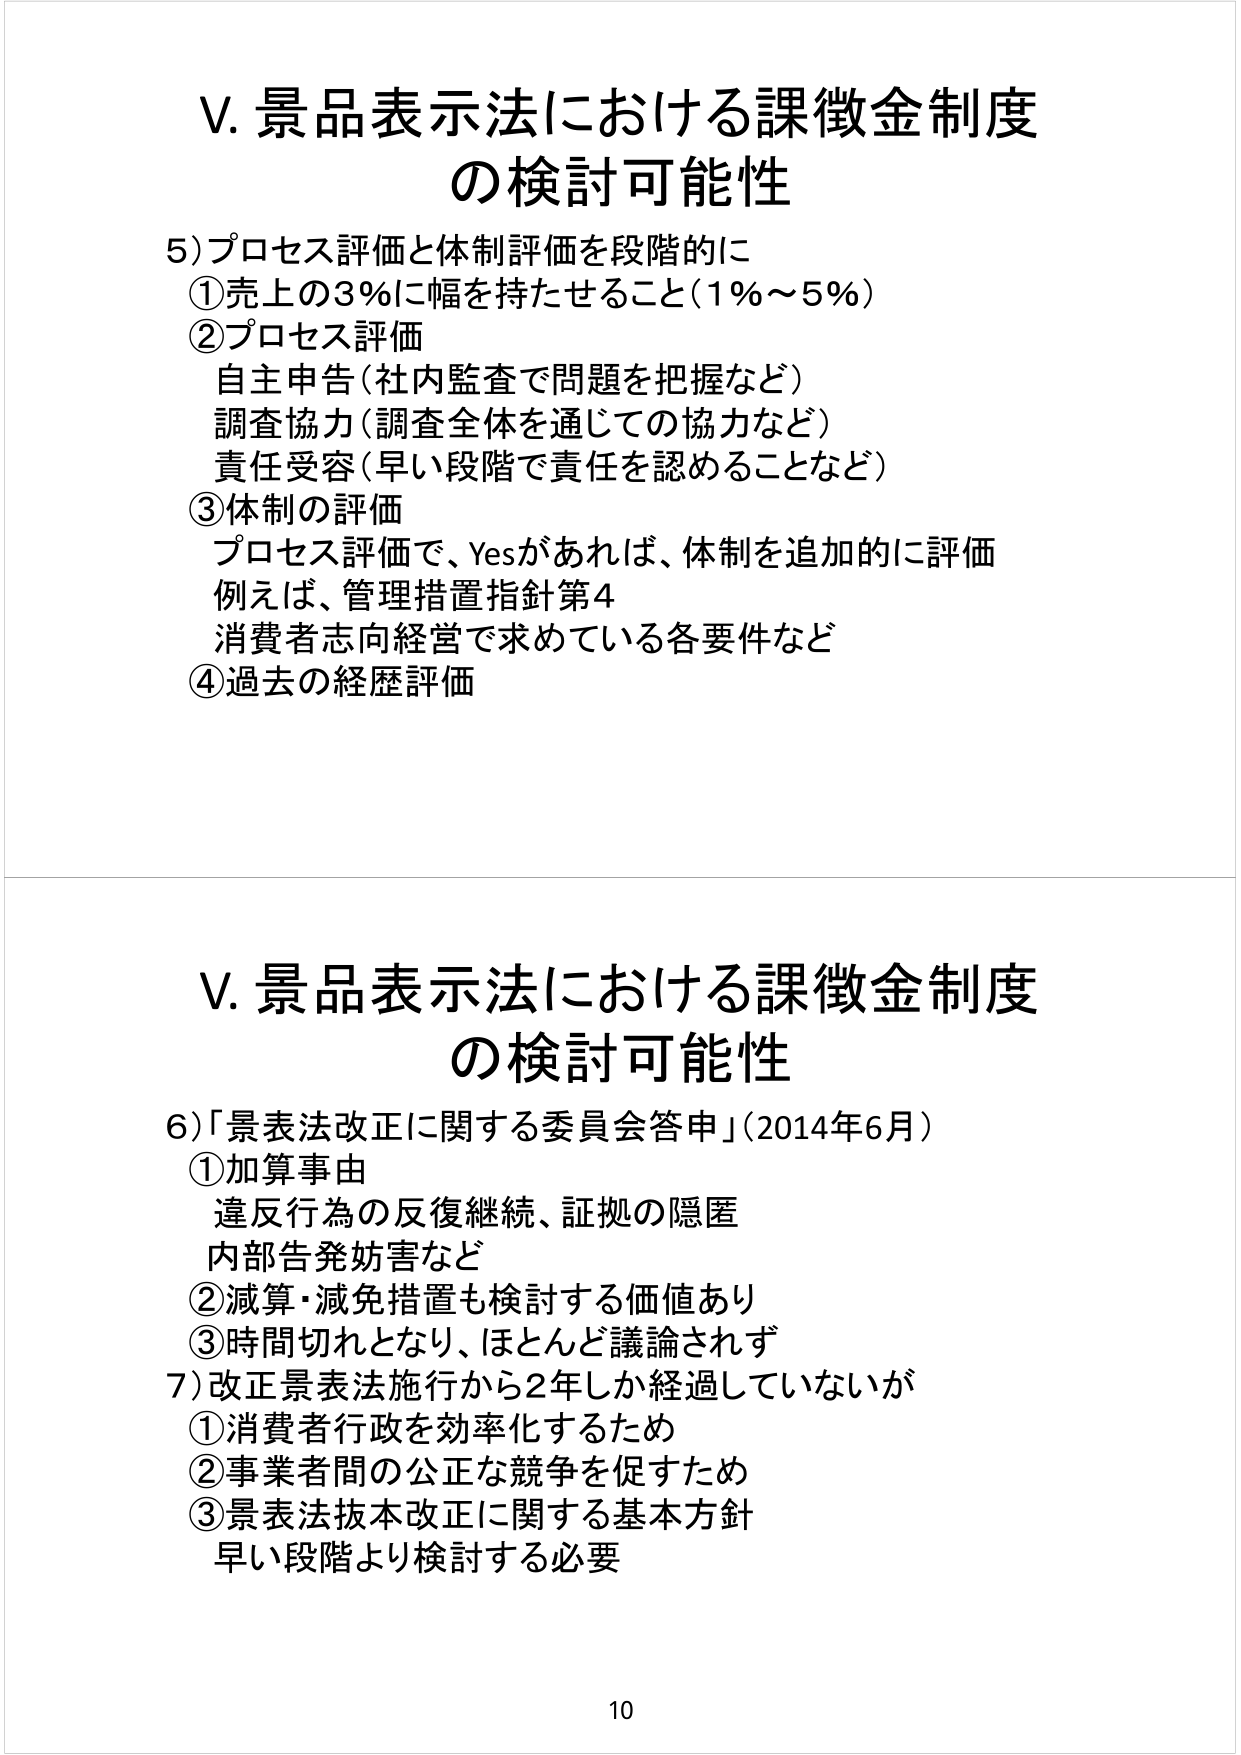
V. 景品表示法における課徴金制度
の検討可能性

5) プロセス評価と体制評価を段階的に
① 売上の3％に幅を持たせること（1％～5％）
② プロセス評価
　自主申告（社内監査で問題を把握など）
　調査協力（調査全体を通じての協力など）
　責任受容（早い段階で責任を認めることなど）
③ 体制の評価
　プロセス評価で、Yesがあれば、体制を追加的に評価
　例えば、管理措置指針第4
　消費者志向経営で求めている各要件など
④ 過去の経歴評価

V. 景品表示法における課徴金制度
の検討可能性

6) 「景表法改正に関する委員会答申」（2014年6月）
① 加算事由
　違反行為の反復継続、証拠の隠匿
　内部告発妨害など
② 減算・減免措置も検討する価値あり
③ 時間切れとなり、ほとんど議論されず
7) 改正景表法施行から2年しか経過していないが
① 消費者行政を効率化するため
② 事業者間の公正な競争を促すため
③ 景表法抜本改正に関する基本方針
　早い段階より検討する必要

10